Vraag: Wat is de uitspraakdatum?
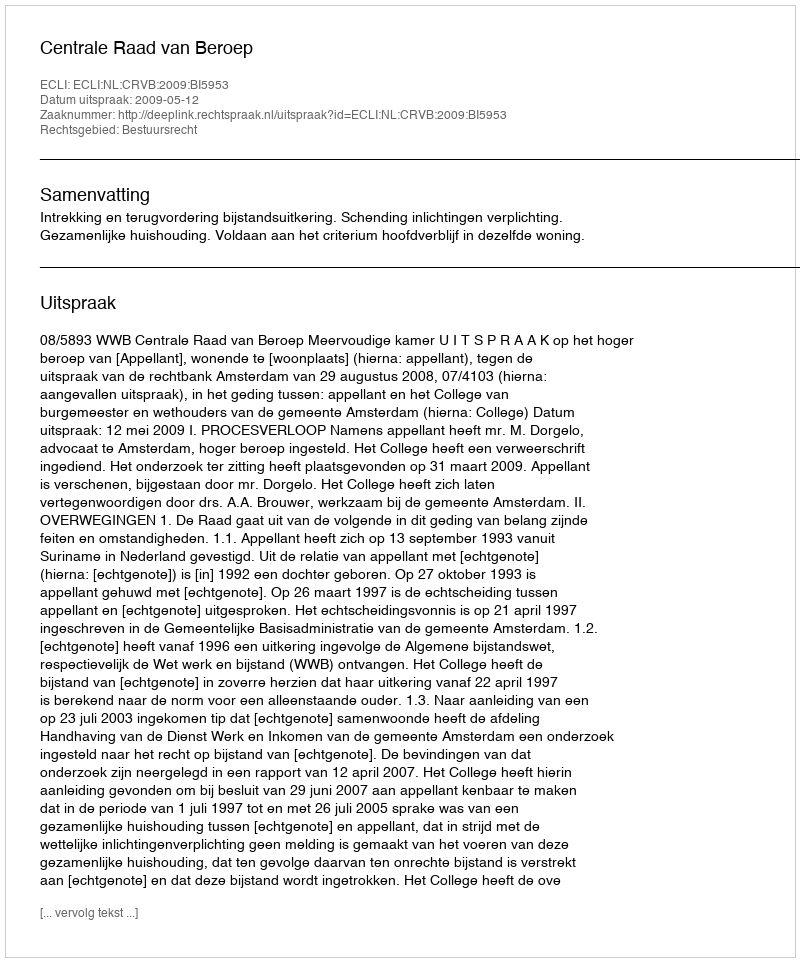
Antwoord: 2009-05-12